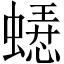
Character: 𬠥